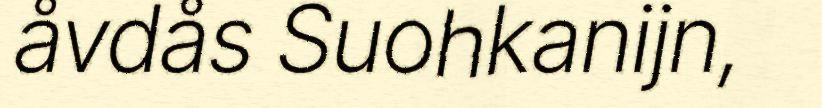
åvdås Suohkanijn,